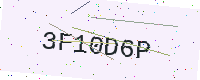
Text: 3F10D6P